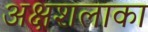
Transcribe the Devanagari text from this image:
अक्षशलाका